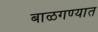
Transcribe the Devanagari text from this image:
बाळगण्यात